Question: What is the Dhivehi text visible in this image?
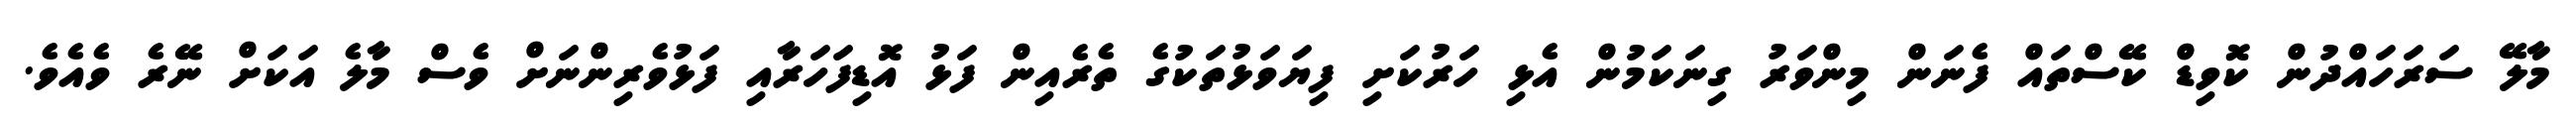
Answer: މާލޭ ސަރަހައްދުން ކޮވިޑް ކޭސްތައް ފެނަން މިންވަރު ގިނަކަމުން އެޅި ހަރުކަށި ފިޔަވަޅުތަކުގެ ތެރެއިން ފަޅު އޮޑިފަހަރާއި ފަޅުވެރިންނަށް ވެސް މާލެ އަކަށް ނޭރެ ވެއެވެ.